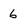
Character: 6